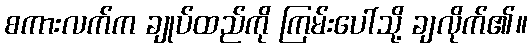
စကားလက်က ချုပ်ထည်ကို ကြမ်းပေါ်သို့ ချလိုက်၏။